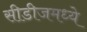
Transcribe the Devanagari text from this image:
सीडीजमध्ये